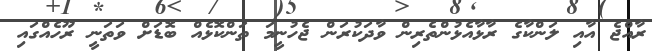
ރާއްޖެ އާއި ލަންކާގެ ރާޅާއެޅުންތެރިން ވާދަކުރަން ޖެހުނީމަ ތަންކޮޅެއް ބޮޑަށް ވަތަނީ ރޫހެއްގައި